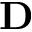
\mathbf { D }